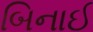
બિનાઈ